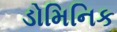
ડોમિનિક